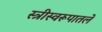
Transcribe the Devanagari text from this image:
स्त्रीस्वरूपातले